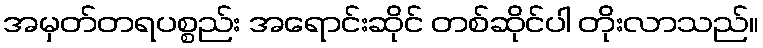
အမှတ်တရပစ္စည်း အရောင်းဆိုင် တစ်ဆိုင်ပါ တိုးလာသည်။